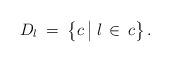
LaTeX: \begin{align*}D_l\>=\>\left \{ c\>\big | \> l\,\in\, c \right \}.\end{align*}